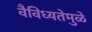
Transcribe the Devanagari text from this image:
वैविध्यतेमुळे